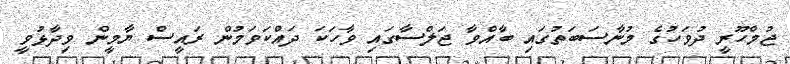
ޖުމްހޫރީ ދުވަހުގެ މުނާސަބަތުގައި ބާއްވާ ޖަލްސާގައި ވާހަކަ ދައްކަވަމުން ރައީސް ޔާމީން ވިދާޅުވީ